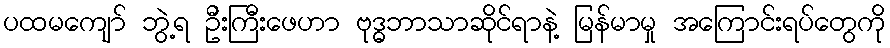
ပထမကျော် ဘွဲ့ရ ဦးကြီးဖေဟာ ဗုဒ္ဓဘာသာဆိုင်ရာနဲ့ မြန်မာမှု အကြောင်းရပ်တွေကို